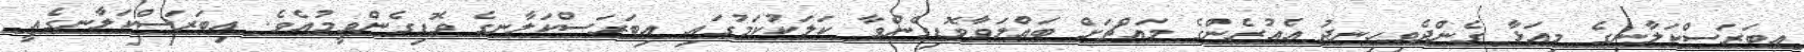
އިބަރަސްކަލާނގެ މިއަޅާ ގެންދެވިހިނދު އެއުރެންގެ މައްޗަށް ބައްލަވާވޮޑިގެންވާ ކަލަކުކަމުގައި އިބަރަސްކަލާނގެ ވޮޑިގެންވީމުއެވެ. އިބަރަސްކަލާނގެއީ